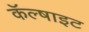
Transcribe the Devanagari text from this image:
कॅल्षाइट